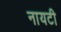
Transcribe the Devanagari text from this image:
नायटी